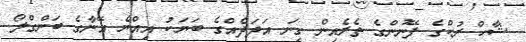
ޝާހް ރުކްގެ ފޭނުންގެ ތެރެއިން ގިނަ އަދަދެއްގެ ބަޔަކު އިއްޔެ އޭނާގެ ބަންގްލޯ